Medical and sanitary report of the native army of Bengal for the year
Year: 1875
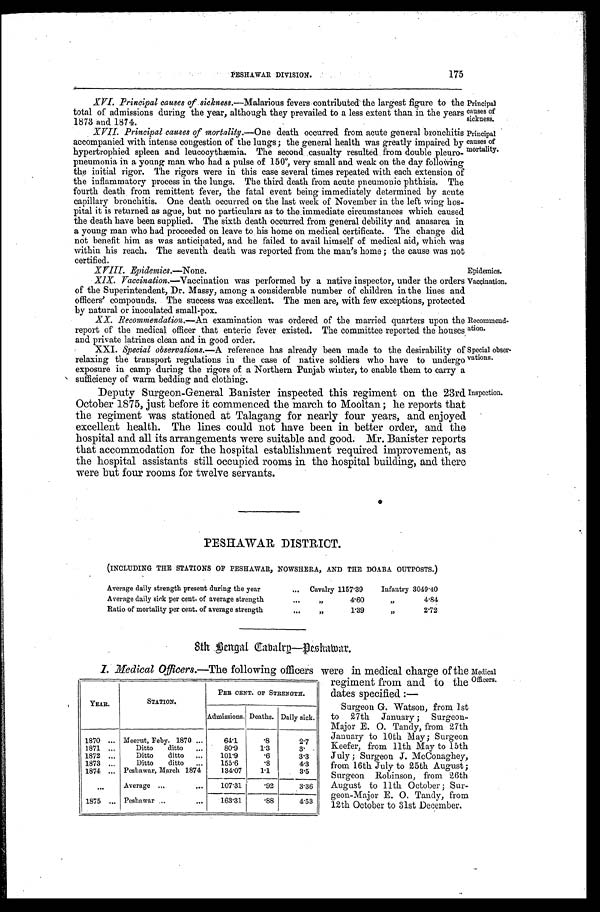
Principal
causes of
sickness.
Principal
causes of
mortality.
Epidemics.
Vaccination.
regiment from and - to the
dates specified :—
Surgeon G. Watson, from 1st
to 27th January ; Surgeon-
Major E. O. Tandy, from 27th
January to 10th May; Surgeon
Keefer, from 11th May to 15th
July ; Surgeon J. McConaghey,
from 16th July to 25th August ;
Surgeon Robinson, from 26th
August to 11th October ; Sur-
geon-Major E. O. Tandy, from
12th October to 31st December.
175
PESHAWAR DIVISION.
XVI. Principal causes of sickness.— Malarious fevers contributed the largest figure to the
total of admissions during the year, although they prevailed to a less extent than in the years
1873 and 1874.
XVII. Principal causes of vmortality.— O n e
d e a t h o c c u r r e d f r o m a c u t e g e n e r a l b r o n c h i t i s
accompanied with intense congestion of the lungs; the general health was greatly impaired by
hypertrophied spleen and leucocythmia. The second casualty resulted from double pleuro-
pneumonia in a young man who had a pulse of 150°, very small and weak on the day following
the initial rigor. The rigors were in this case several times repeated with each extension of
the inflammatory process in the lungs. The third death from acute pneumonic phthisis. The
fourth death from remittent fever, the fatal event being immediately determined by acute
capillary bronchitis. One death occurred on the last week of November in the left wing hos-
pital it is returned as ague, but no particulars as to the immediate circumstances which caused
the death have been supplied. The sixth death occurred from general debility and anasarca in
a young man who had proceeded on leave to . his home on medical certificate. The change did
not benefit him as was anticipated, and he failed to avail himself of medical aid, which was
within his reach. The seventh death was reported from the man's home ; the cause was not
certified.
X VIII. Epidemics.—None.
X1X. Vaccination.—Vaccination was performed by a native inspector, under the orders
of the Superintendent, Dr. Massy, among a considerable number of children in the lines and
officers' compounds. The success was excellent. The men are, with few exceptions, protected
by natural or inoculated small-pox.
XX. Recommendation.— An examination was ordered of the married quarters upon the
report of the medical officer that enteric fever existed. The committee reported the houses
and private latrines clean and in good order.
Recommend-
ation.
XXI. Special observations.— A reference has already been made to the desirability of
relaxing the transport regulations in the case of native soldiers who have to undergo
exposure in camp during the rigors of a Northern Punjab winter, to enable them to carry a
sufficiency of warm bedding and clothing.
Deputy Surgeon-General Banister inspected this regiment on the 23rd
October 1875, just before it commenced the march to Mooltan; he reports that
the regiment was stationed at Talagang for nearly four years, and enjoyed
excellent health. The lines could not have been in better order, and the
hospital and all its arrangements were suitable and good. Mr. Banister reports
that accommodation for the hospital establishment required improvement, as
the hospital assistants still occupied rooms in. the hospital building, and there
were but four rooms for twelve servants.
Special obser-
vations.
Inspection.
PESHAWAR DISTRICT.
(INCLUDING THE STATIONS OF PESHAWAR, NOWSHERA, AND THE DOABA OUTPOSTS.)
Average daily strength present during the year
. . .
Cavalry 1157.39
Infantry 3049.40
Average daily sick per cent. of average strength
. . .
, ,
4.60
, ,
4.84
Ratio of mortality per cent. of average strength
. . .
, ,
1.39
, ,
2.72
8th Bengal Cabalry—Peshawar.
1. Medical Officers.—The following officers were in medical charge of the
Medical
Officers.
YEAR.
STATION.
PER CENT. OF STRENGTH.
Admissions. Deaths. Daily sick.
1870 ... Meerut, Feby. 1870 ...
64.1
. 8
2.7
1871 ...
Ditto
ditto
...
80.9
1.3
3 .
1872
...
Ditto
ditto
...
101.9
.6
3.3
1873
...
Ditto
ditto
...
1 5 5 . 6
.8
4.3
1871
...
Peshawar, March 1874
134.07
1.1
3.5
...
Average
... ...
107.31
.92
3.36
1875
...
Peshawar ...
...
163.31
.88
4.53